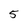
Character: 5